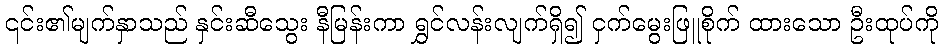
၎င်း၏မျက်နှာသည် နှင်းဆီသွေး နီမြန်းကာ ရွှင်လန်းလျက်ရှိ၍ ငှက်မွေးဖြူစိုက် ထားသော ဦးထုပ်ကို